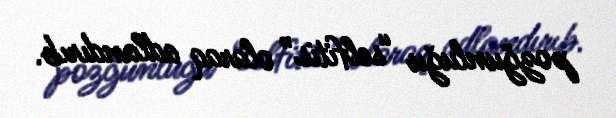
pozğunluğu “selfitis” olaraq adlandırıb.